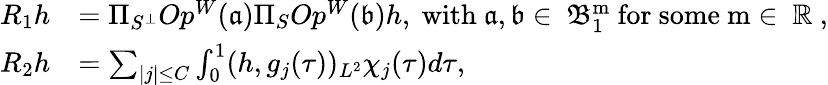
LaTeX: \begin{array}{rl}{R_{1}h}&{=\Pi_{S^{\perp}}Op^{W}(\mathfrak{a})\Pi_{S}Op^{W}(\mathfrak{b})h,\mathrm{~with~\mathfrak{a},\mathfrak{b}\in~\mathfrak{B}^m_1~for~some~m\in~\mathbb{R}~},}\\ {R_{2}h}&{=\sum_{|j|\le C}\int_{0}^{1}(h,g_{j}(\tau))_{L^{2}}\chi_{j}(\tau)d\tau,}\end{array}